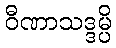
ဝီဏာသဒ္ဒမ္ပိ